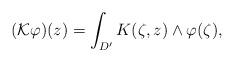
LaTeX: \begin{align*} (\mathcal{K} \varphi)(z) = \int_{D'} K(\zeta,z) \wedge \varphi(\zeta),\end{align*}